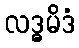
လဒ္ဓမိဒံ